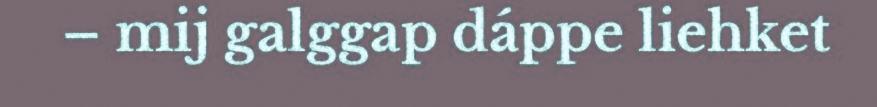
– mij galggap dáppe liehket